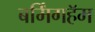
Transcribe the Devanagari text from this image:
बर्मिंगहॅम